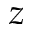
z